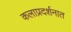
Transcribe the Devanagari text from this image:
कलाप्रदर्शनात